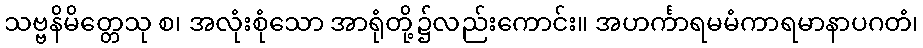
သဗ္ဗနိမိတ္တေသု စ၊ အလုံးစုံသော အာရုံတို့၌လည်းကောင်း။ အဟင်္ကာရမမံကာရမာနာပဂတံ၊